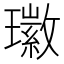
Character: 𤪖